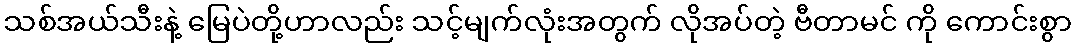
သစ်အယ်သီးနဲ့ မြေပဲတို့ဟာလည်း သင့်မျက်လုံးအတွက် လိုအပ်တဲ့ ဗီတာမင် ကို ကောင်းစွာ